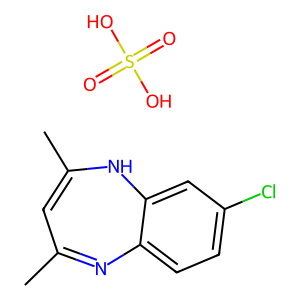
SMILES: CC1=CC(C)=Nc2ccc(Cl)cc2N1.O=S(=O)(O)O
Inhibits HIV replication: No